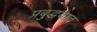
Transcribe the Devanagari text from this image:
प्रबुद्धवाद